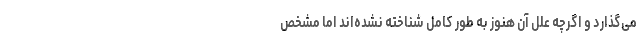
می‌گذارد و اگرچه علل آن هنوز به طور کامل شناخته نشده‌اند اما مشخص